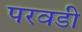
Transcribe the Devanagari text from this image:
परवडी